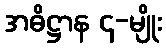
အဓိဋ္ဌာန ၄-မျိုး